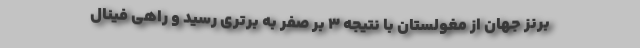
برنز جهان از مغولستان با نتیجه ۳ بر صفر به برتری رسید و راهی فینال